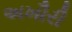
અખૌરી